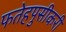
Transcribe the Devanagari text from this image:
फतेहपुसीकरी